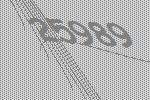
25989